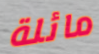
مائلة